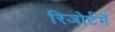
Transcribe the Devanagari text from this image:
रिजोर्टमेँ